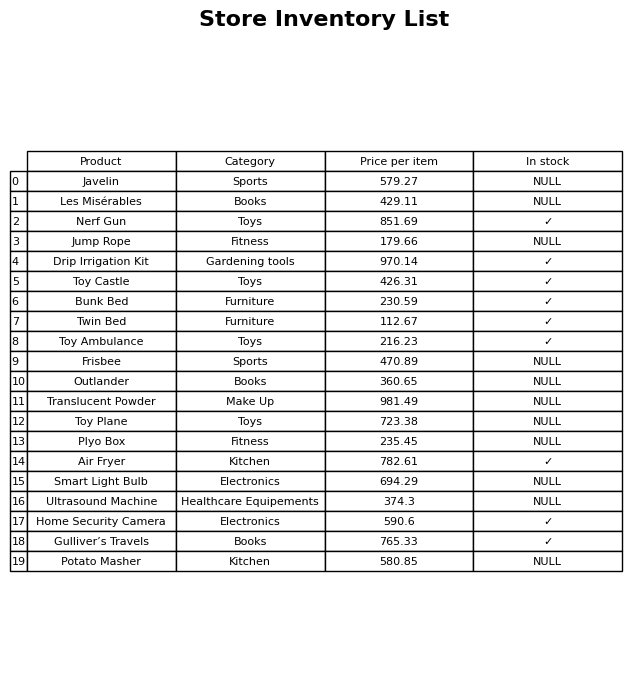
question: What is the price of the Frisbee?
answer: The price of Frisbee is 470.89.